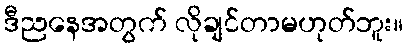
ဒီညနေအတွက် လိုချင်တာမဟုတ်ဘူး။